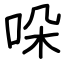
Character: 哚